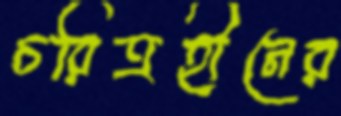
চরিত্রহীনের